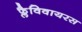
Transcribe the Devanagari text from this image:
फ्लैविवायरस